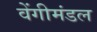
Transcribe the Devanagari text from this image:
वेंगीमंडल